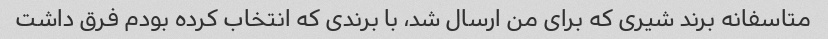
متاسفانه برند شیری که برای من ارسال شد، با برندی که انتخاب کرده بودم فرق داشت